Report on lock hospitals in British Burma
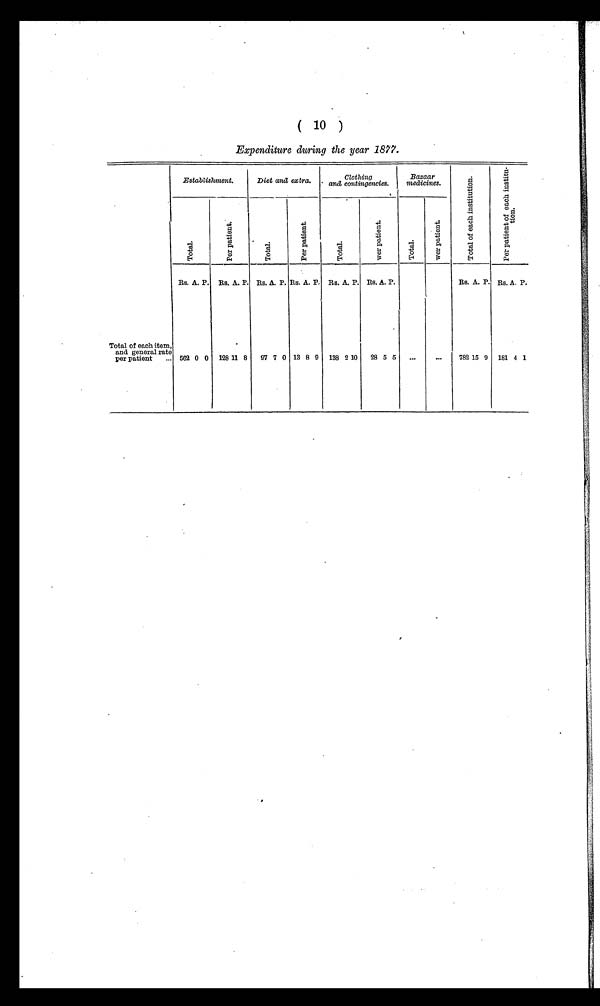
( 10 )
Expenditure during the year 1877.
Establishment.
Diet and extra.
Clothing
and contingencies.
Bazaar
medicines.
T o t a l o f e a c h i n s t i t u t i o n .
P e r p a t i e n t s o f e a c h i n s t i t u - t i o n .
T o t a l
P r e p a t i e n t s .
T o t a l .
P e r p a t i e n t s .
T o t a l .
W e r p a t i e n t s .
T o t a l .
W e r p a t i e n t s .
Rs. A. P. Rs. A. P. Rs. A. P. Rs. A. P. Rs. A. P. Rs. A. P.
Rs. A. P. Rs. A. P.
Total of each item,
and general rate
per patient .. 562 0 0 128 8 97 7 0 13 8 9 138 2 10 28 5 5 ...
...
782 15 9 181 4 1